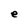
Character: e